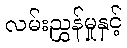
လမ်းညွှန်မှုနှင့်